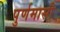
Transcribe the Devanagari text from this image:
पुर्णमासी